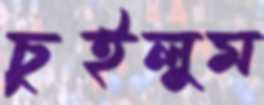
চুইলুম